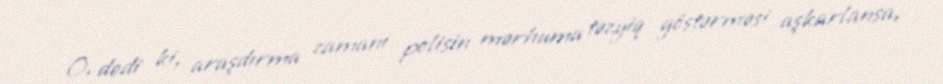
O, dedi ki, araşdırma zamanı polisin mərhuma təzyiq göstərməsi aşkarlansa,